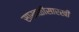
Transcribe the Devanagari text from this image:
साखळीसारखी